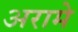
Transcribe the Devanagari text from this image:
अरामे